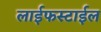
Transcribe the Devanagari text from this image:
लाईफस्टाईल